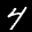
Label: 4